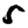
Digit: 5